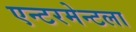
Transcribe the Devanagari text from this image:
एन्टरमेन्टला